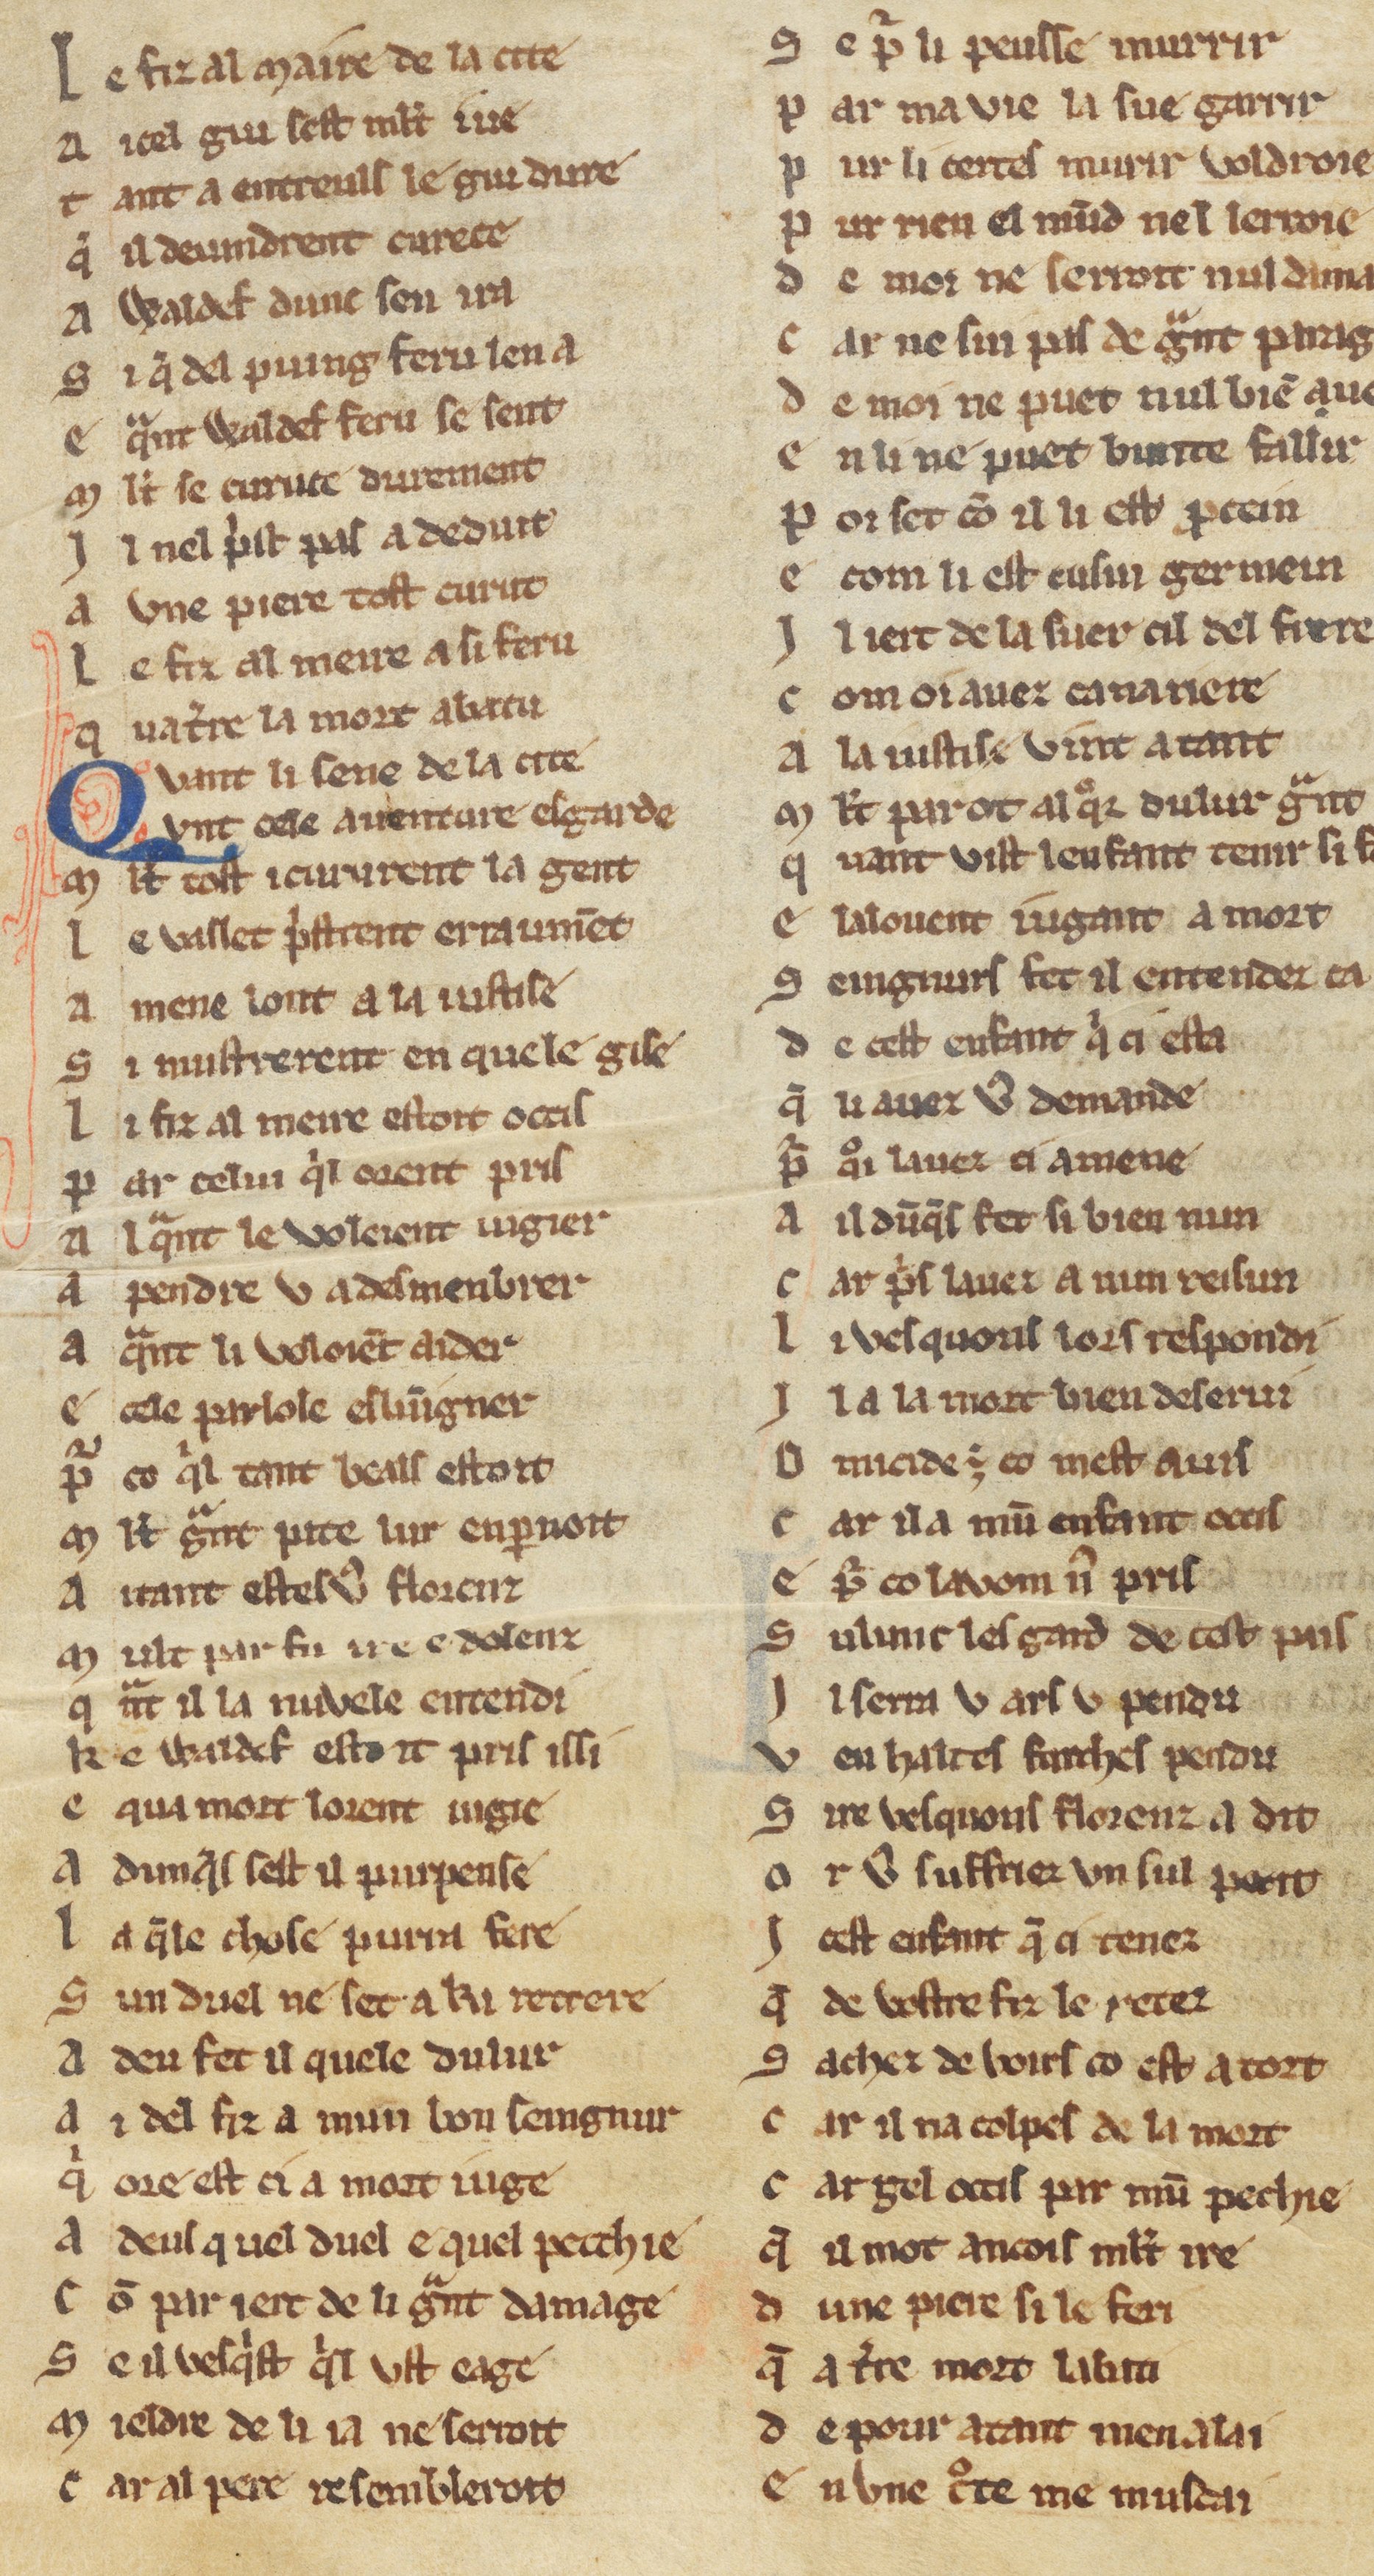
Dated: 1270–1330